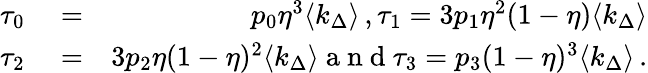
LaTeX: \begin{array}{rlr}{\tau_{0}}&{{}=}&{p_{0}\eta^{3}\langle k_{\Delta}\rangle\, ,\tau_{1}=3p_{1}\eta^{2}(1-\eta)\langle k_{\Delta}\rangle}\\ {\tau_{2}}&{{}=}&{3p_{2}\eta(1-\eta)^{2}\langle k_{\Delta}\rangle\mathrm{~a~n~d~}\tau_{3}=p_{3}(1-\eta)^{3}\langle k_{\Delta}\rangle\, .}\end{array}